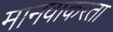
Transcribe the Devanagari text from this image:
मानवाकरता